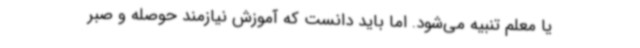
یا معلم تنبیه می‌شود. اما باید دانست که آموزش نیازمند حوصله و صبر